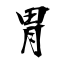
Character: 胃